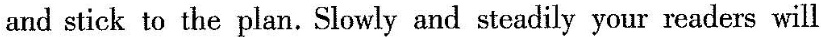
and stick to the plan. Slowly and steadily your readers will